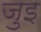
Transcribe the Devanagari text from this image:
जुइ